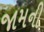
જામની